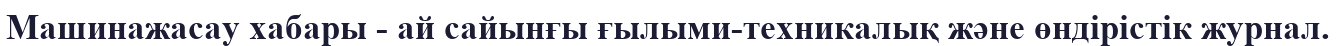
Машинажасау хабары - ай сайынғы ғылыми-техникалық және өндірістік журнал.